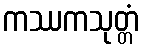
ကဿကသုတ္တံ